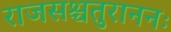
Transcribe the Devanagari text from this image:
राजसश्चतुराननः